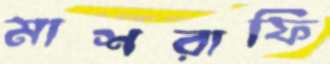
মাশরাফি